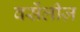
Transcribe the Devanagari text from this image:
वर्सेलीज़